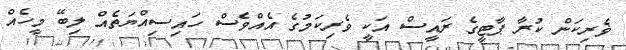
ޥެރިކަން ކުރާ ޕާޓީގެ ރައީސް އަކީ ވެރިކަމުގެ އެއްވެސް ހައިސިއްޔަތެއް ލިބޭ މީހެއް